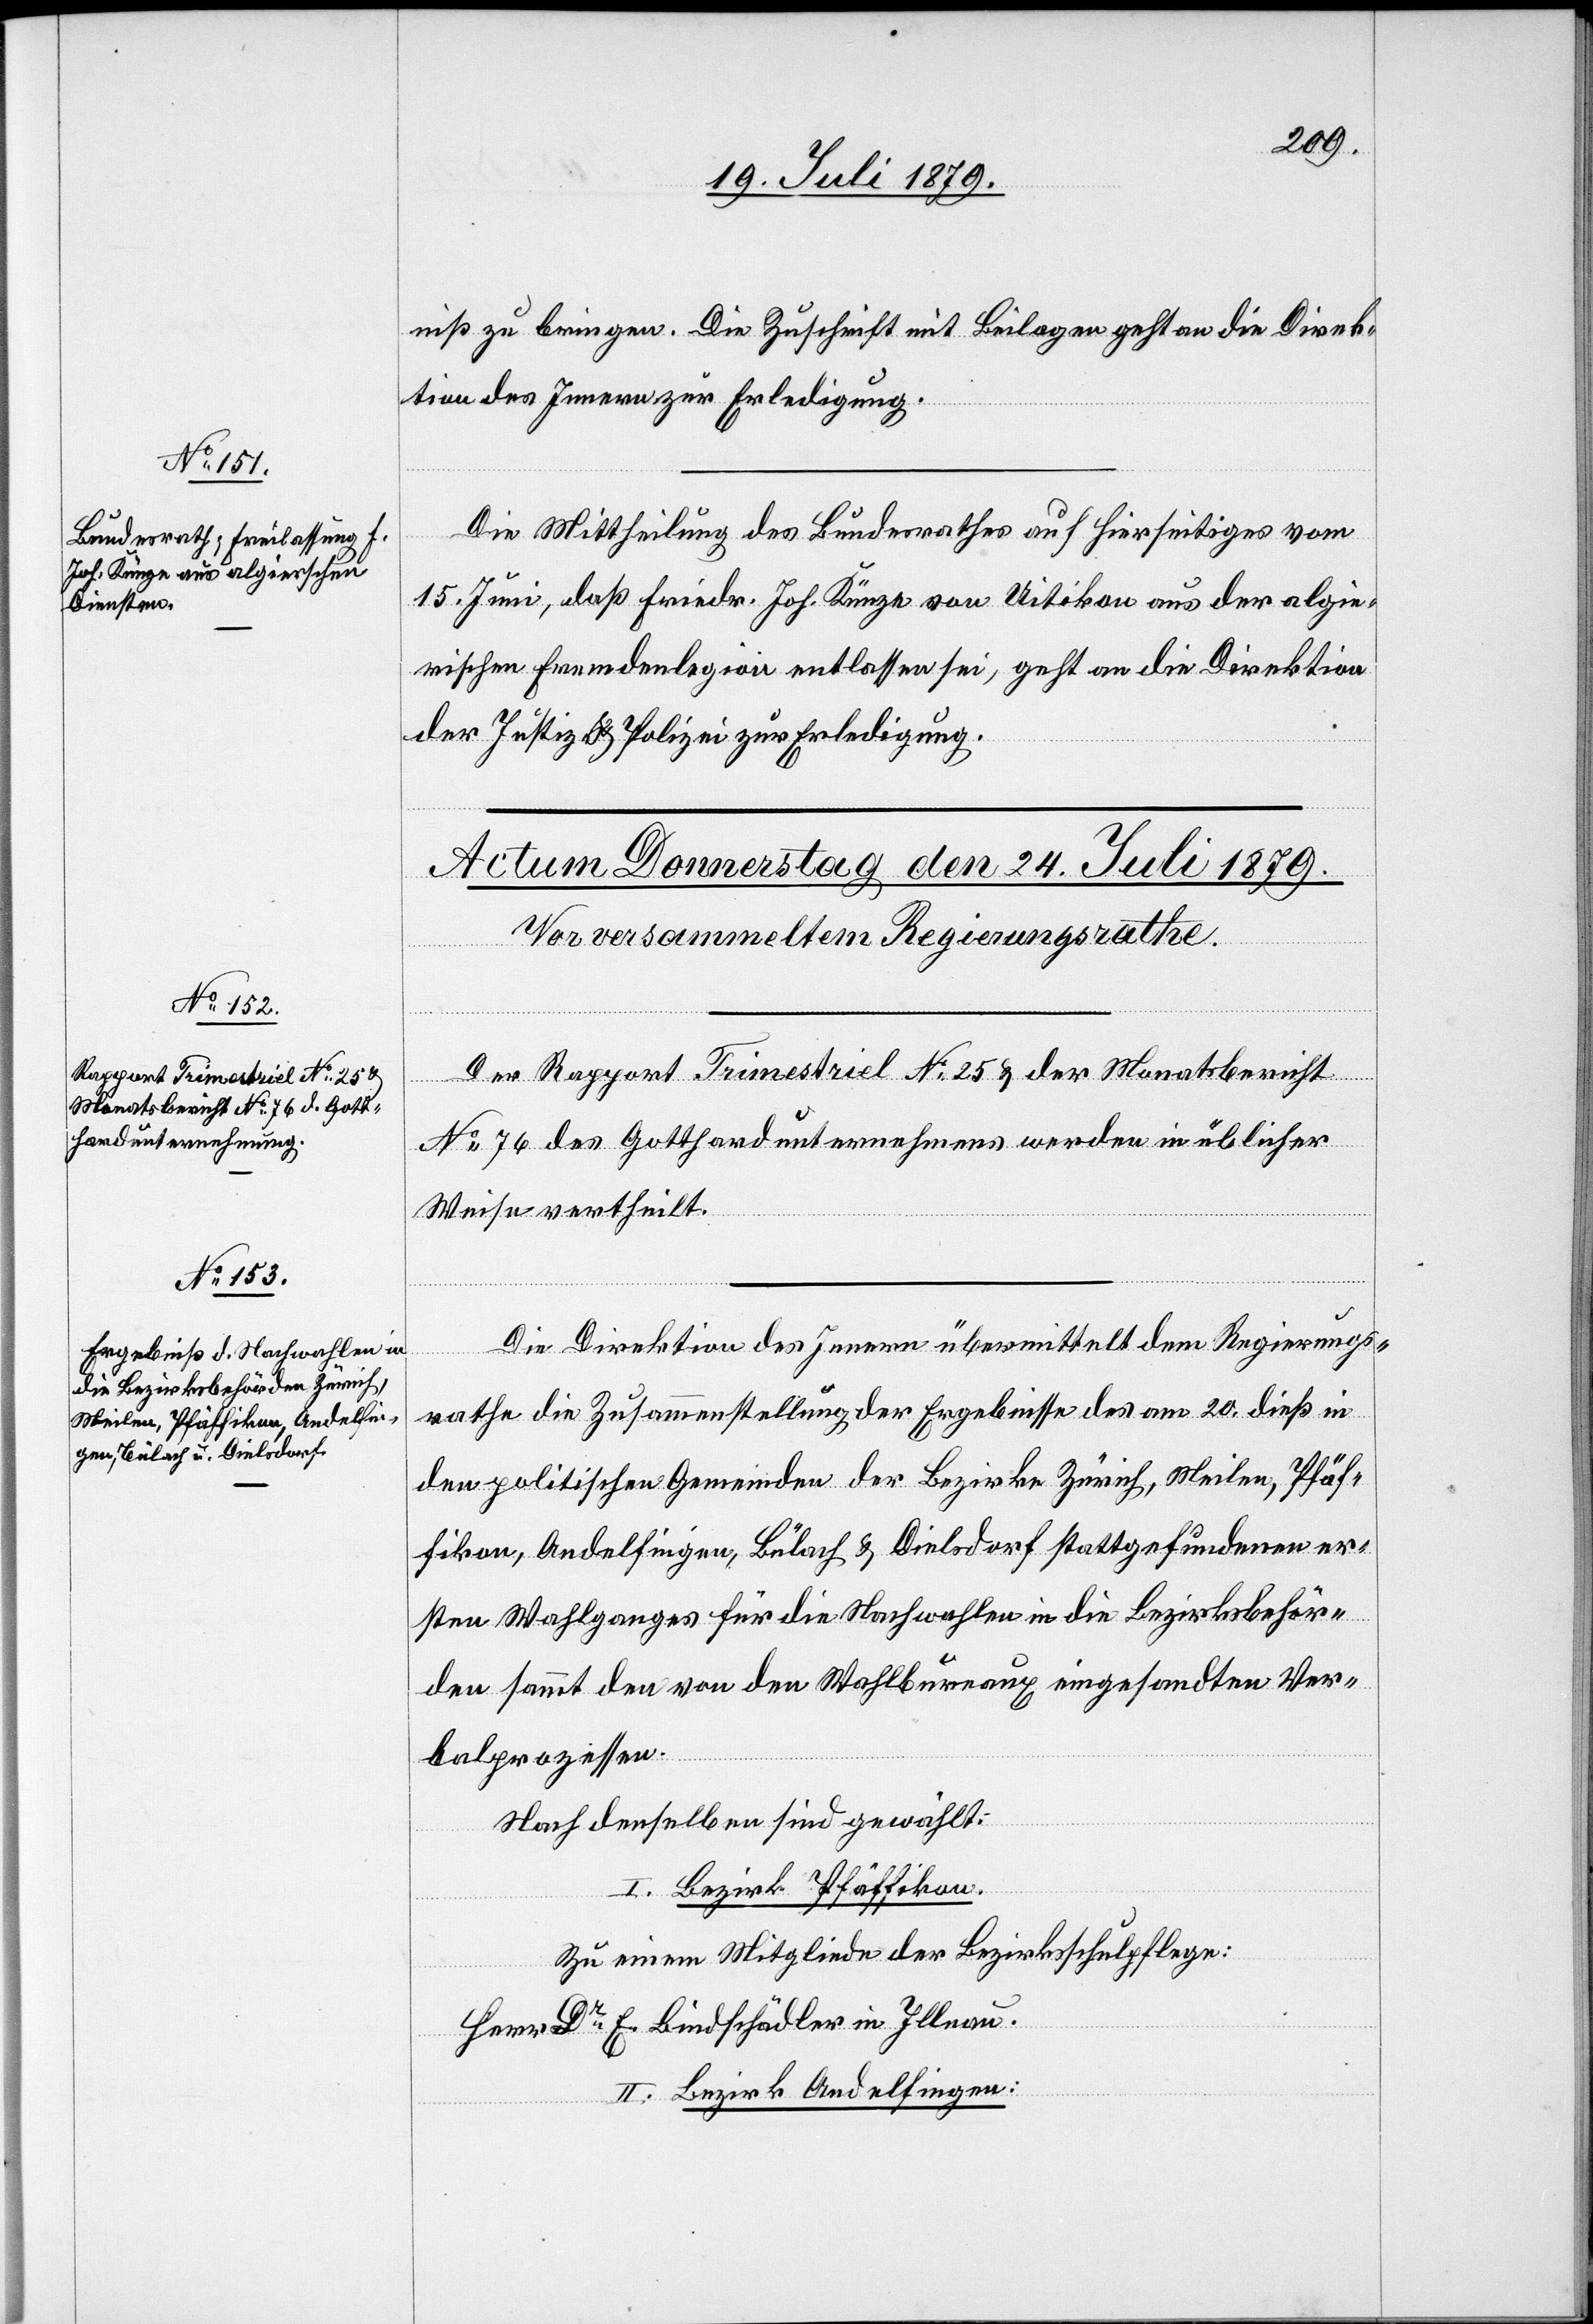
23. Juli 1879.]
niß zu bringen. Die Zuschrift mit Beilagen geht an die Direk¬
tion des Innern zur Erledigung.
Die Mittheilung des Bundesrathes auf Hierseitiges vom
15. Juni, daß Friedr. Joh. Künze von Uitikon aus der algie¬
rischen Fremdenlegion entlassen sei, geht an die Direktion
der Justiz & Polizei zur Erledigung.
Der Rapport Trimestriel No 25 & der Monatsbericht
No 76 des Gotthardunternehmens werden in üblicher
Weise vertheilt.
Die Direktion des Innern übermittelt dem Regierungs¬
rathe die Zusammenstellung der Ergebnisse des am 20. dieß in
den politischen Gemeinden der Bezirke Zürich, Meilen, Pfäf¬
fikon, Andelfingen, Bülach & Dielsdorf stattgefundenen er¬
sten Wahlganges für die Nachwahlen in die Bezirksbehör¬
den sammt den von den Wahlbureaux eingesandten Ver¬
balprozessen.
Nach denselben sind gewählt:
I. Bezirk Pfäffikon.
Zu einem Mitgliede der Bezirksschulpflege:
Herr Dr E. Bindschädler in Illnau.
II. Bezirk Andelfingen: